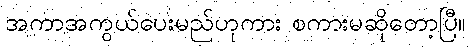
အကာအကွယ်ပေးမည်ဟုကား စကားမဆိုတော့ပြီ။